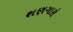
શણગારો